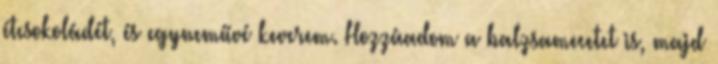
étcsokoládét, és egyneművé keverem. Hozzáadom a balzsamecetet is, majd